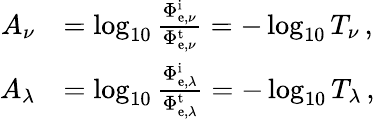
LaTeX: {\begin{array}{rl}{A_{\nu}}&{=\log_{10}{\frac{\Phi_{{\mathrm{e}},\nu}^{\mathrm{i}}}{\Phi_{{\mathrm{e}},\nu}^{\mathrm{t}}}}=-\log_{10}T_{\nu}\, ,}\\ {A_{\lambda}}&{=\log_{10}{\frac{\Phi_{{\mathrm{e}},\lambda}^{\mathrm{i}}}{\Phi_{{\mathrm{e}},\lambda}^{\mathrm{t}}}}=-\log_{10}T_{\lambda}\, ,}\end{array}}